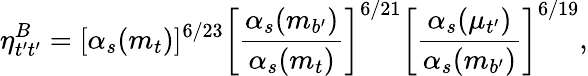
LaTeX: \eta_{t^{\prime}t^{\prime}}^{B}=[\alpha_{s}(m_{t})]^{6/23}\left[\frac{\alpha_{s}(m_{b^{\prime}})}{\alpha_{s}(m_{t})}\right]^{6/21}\left[\frac{\alpha_{s}(\mu_{t^{\prime}})}{\alpha_{s}(m_{b^{\prime}})}\right]^{6/19},